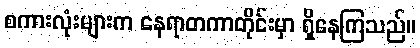
စကားလုံးများက နေရာတကာတိုင်းမှာ ရှိနေကြသည်။